Vana-Antsla_vallavalitsus, lk 67
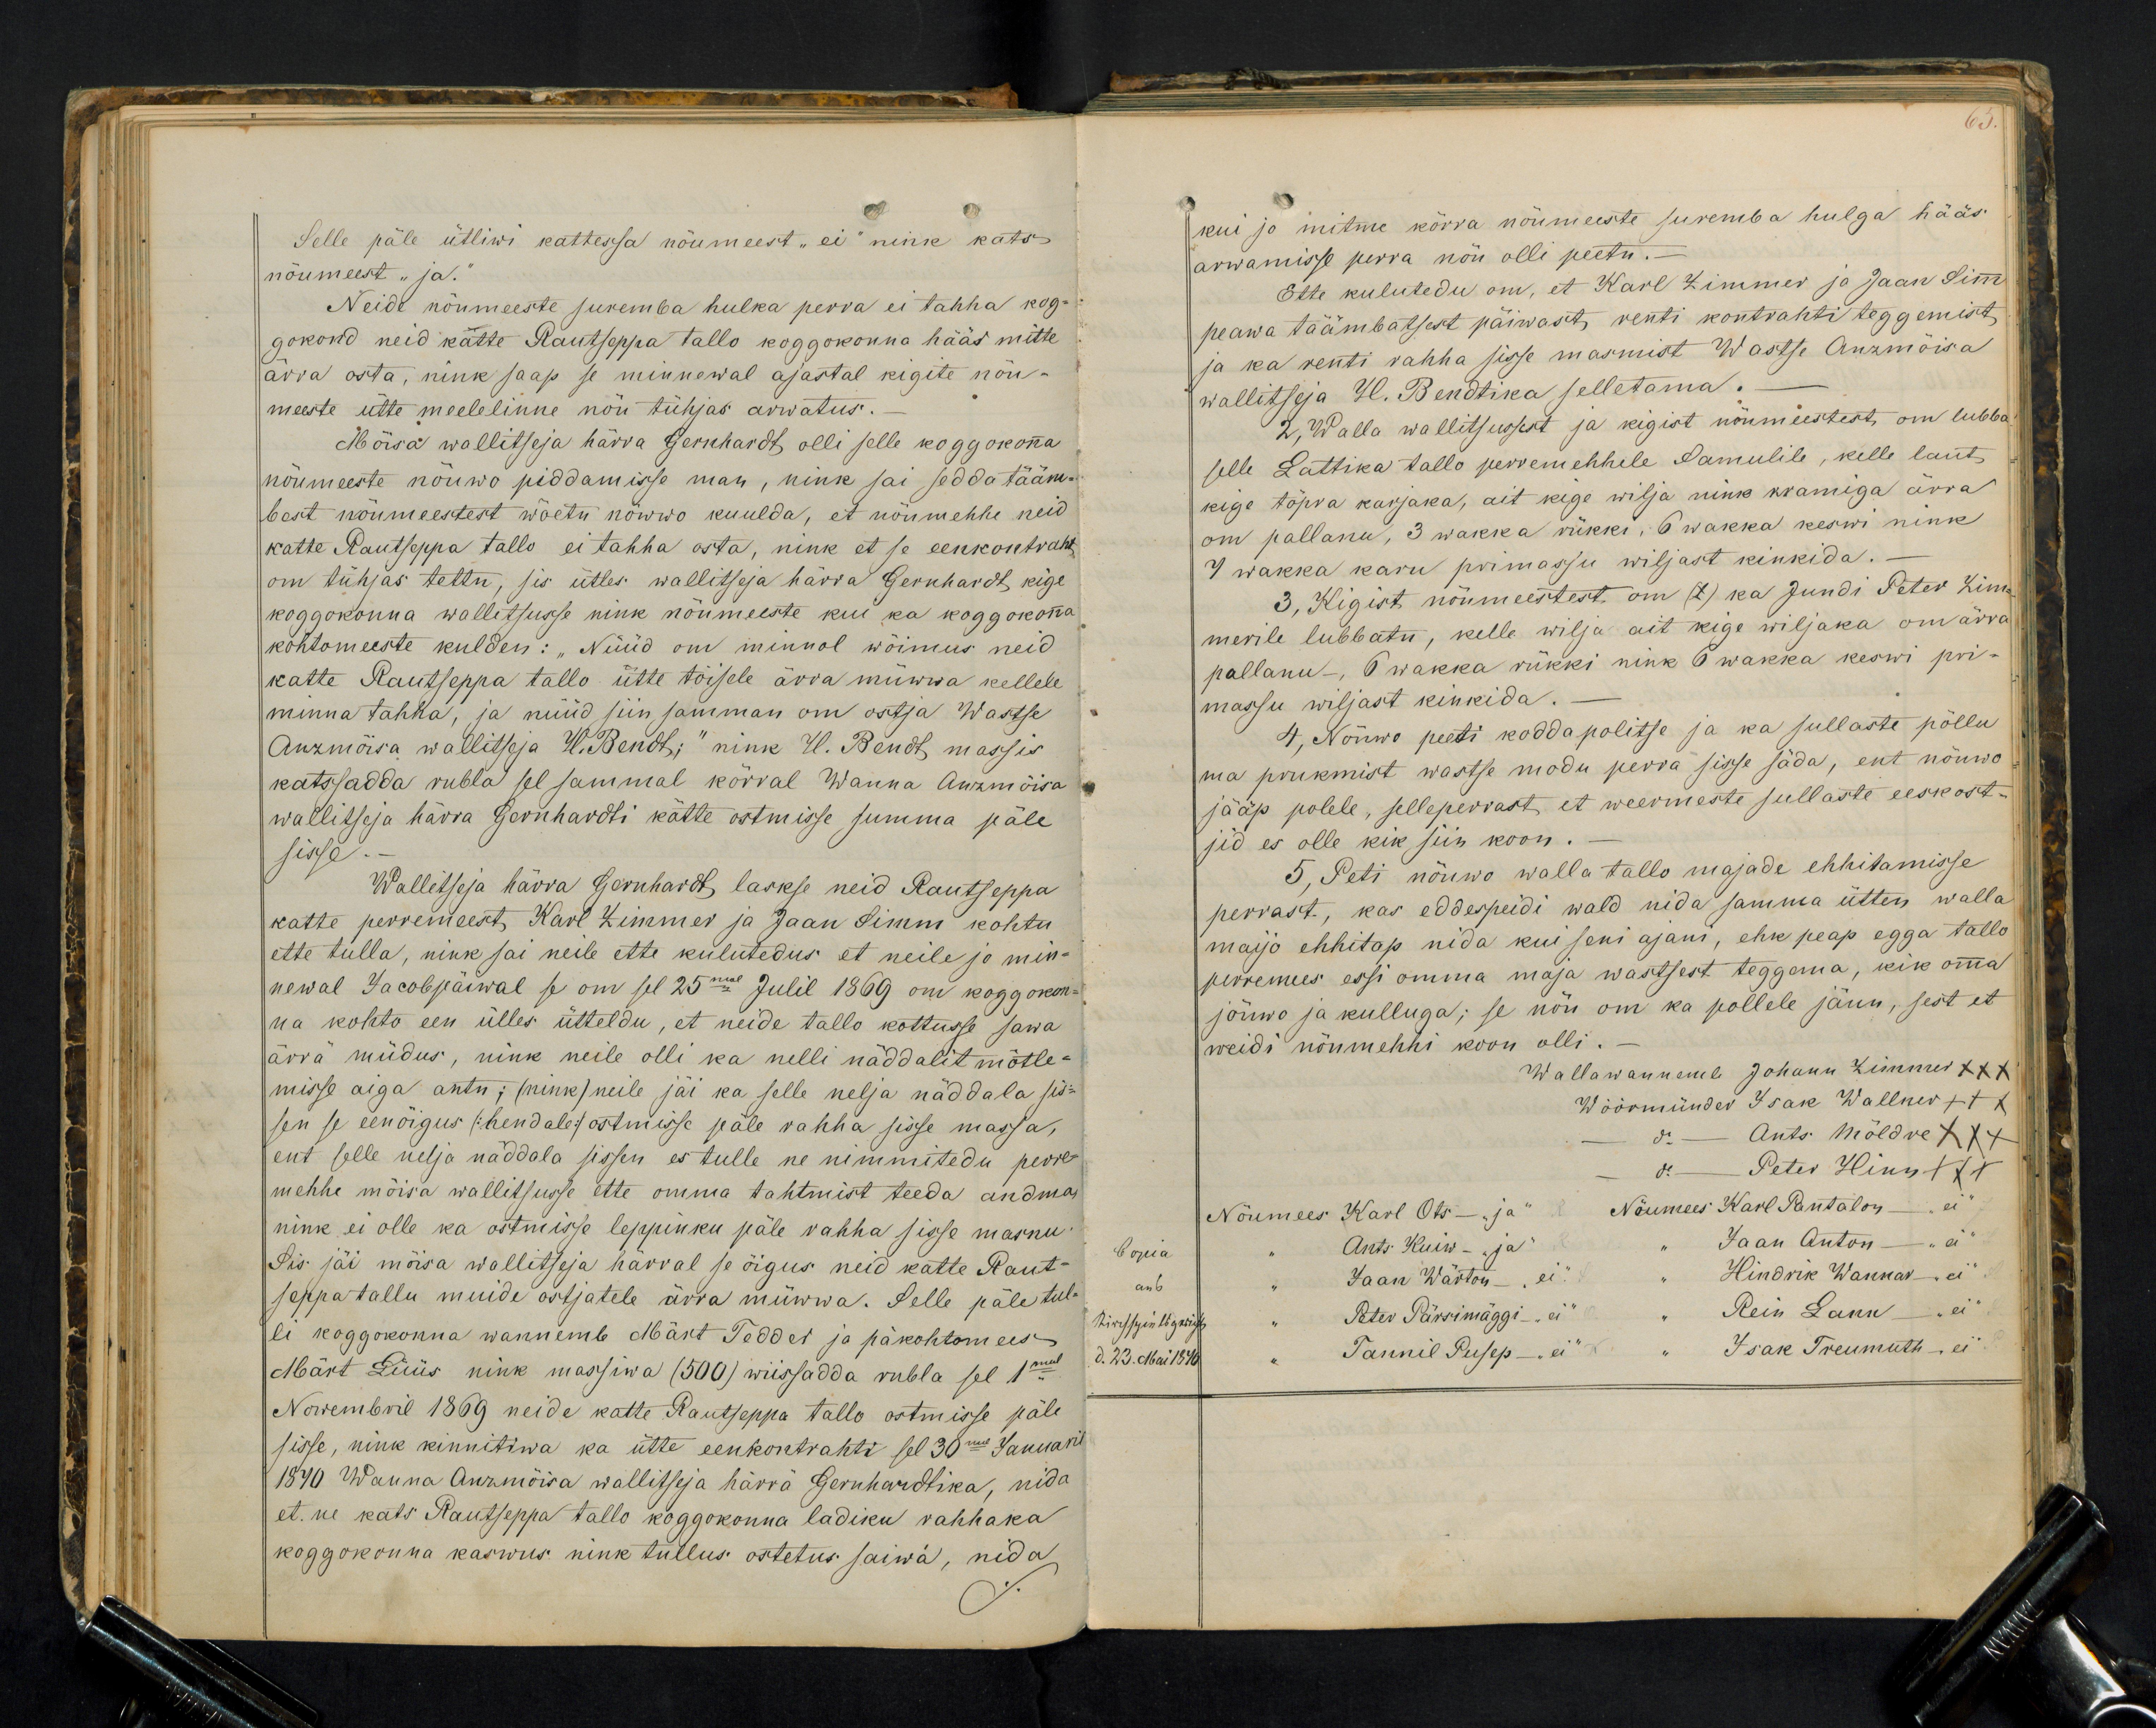
Selle päle ütliwi kattessa nõumeest "ei" nink kats
nõumeest "ja."
Neide nõumeeste suremba hulka perra ei tahha kog-
gokond neid kätte Rautseppa tallo koggokonna hääs mitte
ärra osta, nink saap se minnewal ajastal kigete nõu-
meeste ütte meelelinne nõu tühjas arwatus.
Mõisa wallitseja härra Gernhardt, olli selle koggokonna
nõumeeste nõuwo piddamisse man, nink sai sedda tääm-
bast nõumeestest wõetu nöwwo kuulda, et nöumehhe neid
katte Rautseppa tallo ei tahha osta, nink et se eenkontraht
om tühjas tettu, sis ütles wallitseja härra Gernhardt, kige
koggokonna wallitsusse nink nõumeeste kui ka koggokonna
kohtomeeste kulden: "Nüüd on minnol wõimus neid
katte Rautseppa tallo ütte töisele ärra müwwa kellele
minna tahha", ja nüüd siin samman om ostja Wastse
Anzmõisa wallitseja W. Bendt; "nink U. Bendt, massis
katssadda rubla sel sammal kõrral Wanna Anzamõisa
wallitseja härra Gernhardti kätte ostmisse summa päle
sisse.
Wallitseja härra Gernhardt laskse neid Rautseppa
katte perremeest, Karl Zimmer ja Jaan Simm kohtu
ette tulla, nink sai neile ette kulutedus et neile jo min-
newal Jacobpäiwal se on sel 25mal Julil 1869 on koggokon-
na kohto een ülles ütteldu, et neide tallo kottusse sawa
ärrä müdus, nink neile olli ka nelli näddalit mõtle-
misse aiga antu; (nink) neile jäi ka selle nelja näddala sis-
sen se eenöigus /:hendale:/ ostmisse päle rahha sisse massa,
ent selle nelja näddala sissen es tulle ne nimmitedu perre
mehhe mõisa wallitsusse ette omma tahtmist teeda andma
nink ei olle ka ostmisse leppinku päle rahha sisse masnu
Sis jäi mõisa wallitseja härral se õigus neid kätte Raut-
seppa tallu muide ostjatele ärra müwwa. Selle päle tul-
li koggokonna wannemb Märt Tedder ja päkohtomees
Määrt Lüüs nink massiwa (500) wiissadda rubla sel 1mal
Novembril 1869 neide katte Rautseppa tallo ostmisse päle
sisse, nink kinnitiwa ka ütte eenkontrahti sel 30mal Januar
1870 Wanna Anzmõisa wallitseja härra Gernhardtika, nida
et. ne kats Rautseppa tallo koggokonna ladiku rahhaka
koggokonna kaswus nink tullus ostetus saiwa, nida

kui jo mitme kõrra nõumeeste suremba hulga hääs
arwamisse perra nõu olli peetu.-
Ette kulutedu om, et Karl Zimmer ja Jaan Simm
peawa täämbatsest päiwast, renti kontrahti teggemist
ja ka renti rahha sisse masmist Wastse Anzmõisa
wallitseja H. Bendtika selletama.-
2, Walla wallitsusest ja kigist nõumeestest, om lubba
selle Lattika tallo perremehhele Samulile, kelle laut
kige tõpra karjaka, ait kege wilja nink kramiga ärra
om pallanu, 3 wakka rükki, 6 Wakka keswi nink
7 wakka karu primassu wiljast kinkida.-
3, Kigist nõumeestest om (1) ka Jundi Peter Zim-
merile lubbatu, kelle wilja ait kige wiljaka om ärra
pallanu-, 6 wakka rükki nink 6 Wakka keswi pri-
massu wiljast kinkida.
4, Nõuwo peeti koddapolitse ja ka sullaste põllu
ma prukmist wastse modu perra sisse säda, ent nõuwo
jääp polele, selleperrast et weermeste sullaste eeskost-
jid es olle kik siin koon.-
5, Peti nõuwo walla tallo majade ehhitamisse
perrast, kas eddespeidi wald nida samma ütten walla
maijo ehhitap nida kui seni ajani, ehk peap egga tallo
perremees essi omma maja wastsest teggema, kik omma
jõuwo ja kulluga; se nõu om ka pollele jänu, sest et
weidi nõumehhi koon olli.-
Wallawannemb Johann Zimmer XXX
Wöörmünder Isak Wallner +++
- do - Ants Möldre XXX
do - Peter Hinn XXX
Nõumees Karl Ots - "ja"  Nõumees Karl Pantalon - "ei"
" Ants Kuiw - "ja" " Jaan Anton - "ei"
" Jaan Wärton "ei." " Hindrik Wannar - "ei"
" Peter Pärsimäggi "ei" " Rein Lann "ei"
" Tannil Pusep "ei" " Isak Treumuth "ei"